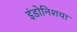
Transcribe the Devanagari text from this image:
इंडोनिशया